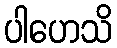
ပါဟေသိ